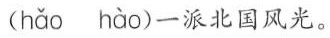
( hǎo hào )一派北国风光。